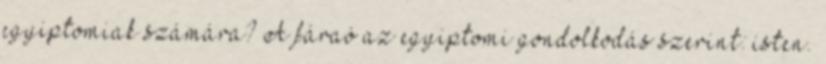
egyiptomiak számára? A fáraó az egyiptomi gondolkodás szerint: isten.